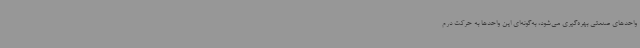
واحدهای صنعتی بهره‌گیری می‌شود، به‌گونه‌ای این واحدها به حرکت درم